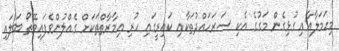
މިހަމަލާއާއި ގުޅިގެން މަގުގެ އެކި ސަރަހައްދުތަަކާއި ކައިރީގައި ހުރި އިމާރާތްތަކަށް ގެއްލުންވެފައިވޭތޯ ބަލައި